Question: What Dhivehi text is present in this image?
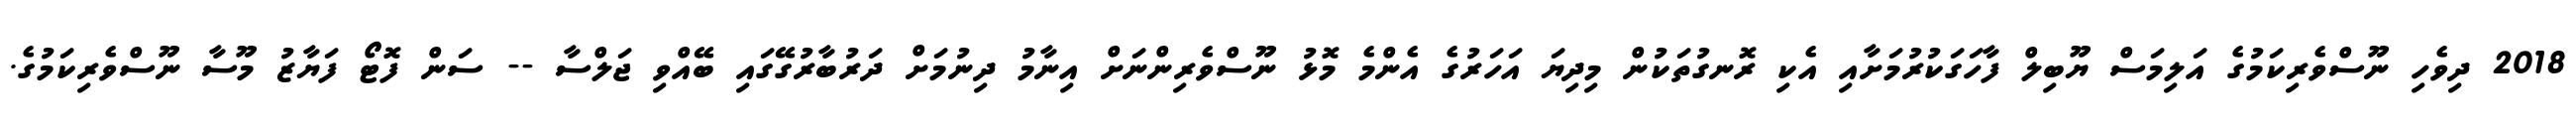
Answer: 2018 ދިވެހި ނޫސްވެރިކަމުގެ އަލިމަސް ޔޫބިލް ފާހަގަކުރުމަށާއި އެކި ރޮނގުތަކުން މިދިޔަ އަހަރުގެ އެންމެ މޮޅު ނޫސްވެރިންނަށް އިނާމު ދިނުމަށް ދަރުބާރުގޭގައި ބޭއްވި ޖަލްސާ -- ސަން ފޮޓޯ ފަޔާޒު މޫސާ ނޫސްވެރިކަމުގެ.